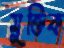
মুক্তিক